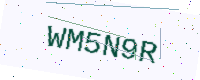
Text: WM5N9R